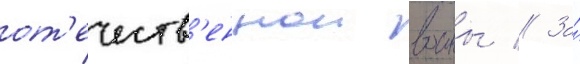
от'ечеств'еннои воины // За́